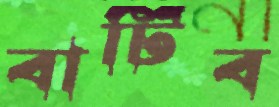
বাটিব